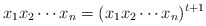
\begin{align*}x_1x_2\cdots x_n=(x_1x_2\cdots x_n)^{t+1}\end{align*}